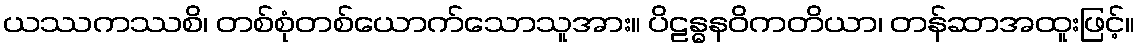
ယဿကဿစိ၊ တစ်စုံတစ်ယောက်သောသူအား။ ပိဠန္ဓနဝိကတိယာ၊ တန်ဆာအထူးဖြင့်။